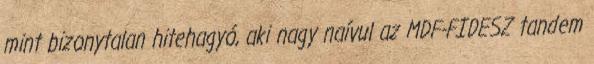
mint bizonytalan hitehagyó, aki nagy naívul az MDF-FIDESZ tan­dem